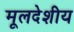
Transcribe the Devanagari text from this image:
मूलदेशीय